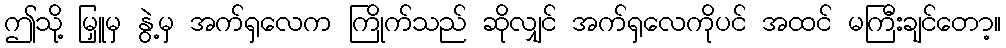
ဤသို့ မြှူမှ နွဲ့မှ အက်ရှလေက ကြိုက်သည် ဆိုလျှင် အက်ရှလေကိုပင် အထင် မကြီးချင်တော့။